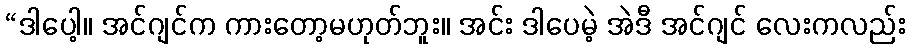
“ဒါပေါ့။ အင်ဂျင်က ကားတော့မဟုတ်ဘူး။ အင်း ဒါပေမဲ့ အဲဒီ အင်ဂျင် လေးကလည်း